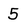
Character: 5